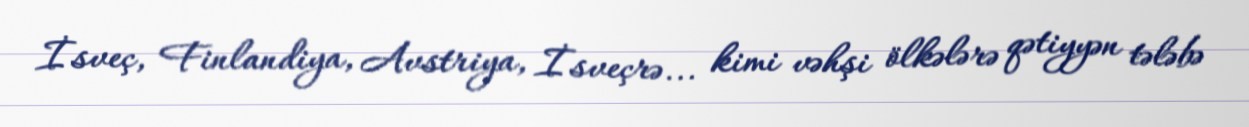
İsveç, Finlandiya, Avstriya, İsveçrə... kimi vəhşi ölkələrə qətiyyən tələbə